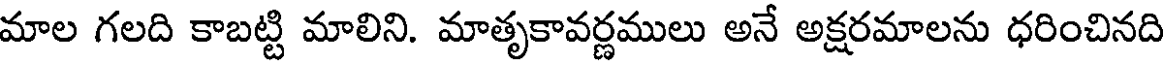
మాల గలది కాబట్టి మాలిని. మాతృకావర్ణములు అనే అక్షరమాలను ధరించినది